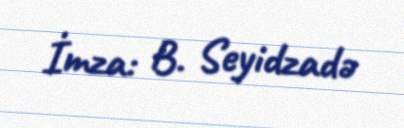
İmza: B. Seyidzadə